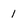
Character: 1